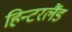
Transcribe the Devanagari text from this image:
हिन्टरलैंड